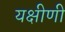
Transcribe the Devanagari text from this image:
यक्षीणी